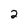
Character: 2